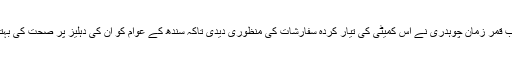
اس موقع پر چیئرمین نیب قمر زمان چوہدری نے اس کمیٹی کی تیار کردہ سفارشات کی منظوری دیدی تاکہ سندھ کے عوام کو ان کی دہلیز پر صحت کی بہتر سہولیات میسر آسکیں۔